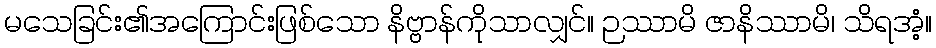
မသေခြင်း၏အကြောင်းဖြစ်သော နိဗ္ဗာန်ကိုသာလျှင်။ ဉဿာမိ ဇာနိဿာမိ၊ သိရအံ့။